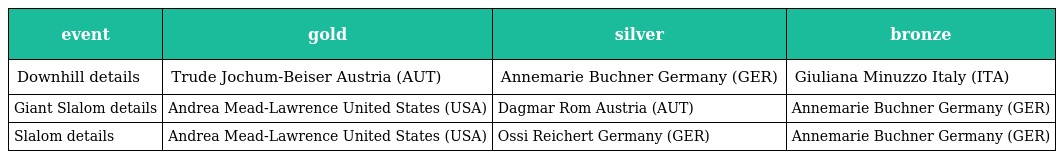
| event | gold | silver | bronze |
 | --- | --- | --- | --- |
 | Downhill details | Trude Jochum-Beiser Austria (AUT) | Annemarie Buchner Germany (GER) | Giuliana Minuzzo Italy (ITA) |
 | Giant Slalom details | Andrea Mead-Lawrence United States (USA) | Dagmar Rom Austria (AUT) | Annemarie Buchner Germany (GER) |
 | Slalom details | Andrea Mead-Lawrence United States (USA) | Ossi Reichert Germany (GER) | Annemarie Buchner Germany (GER) |